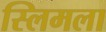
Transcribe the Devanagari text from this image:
स्लिमला